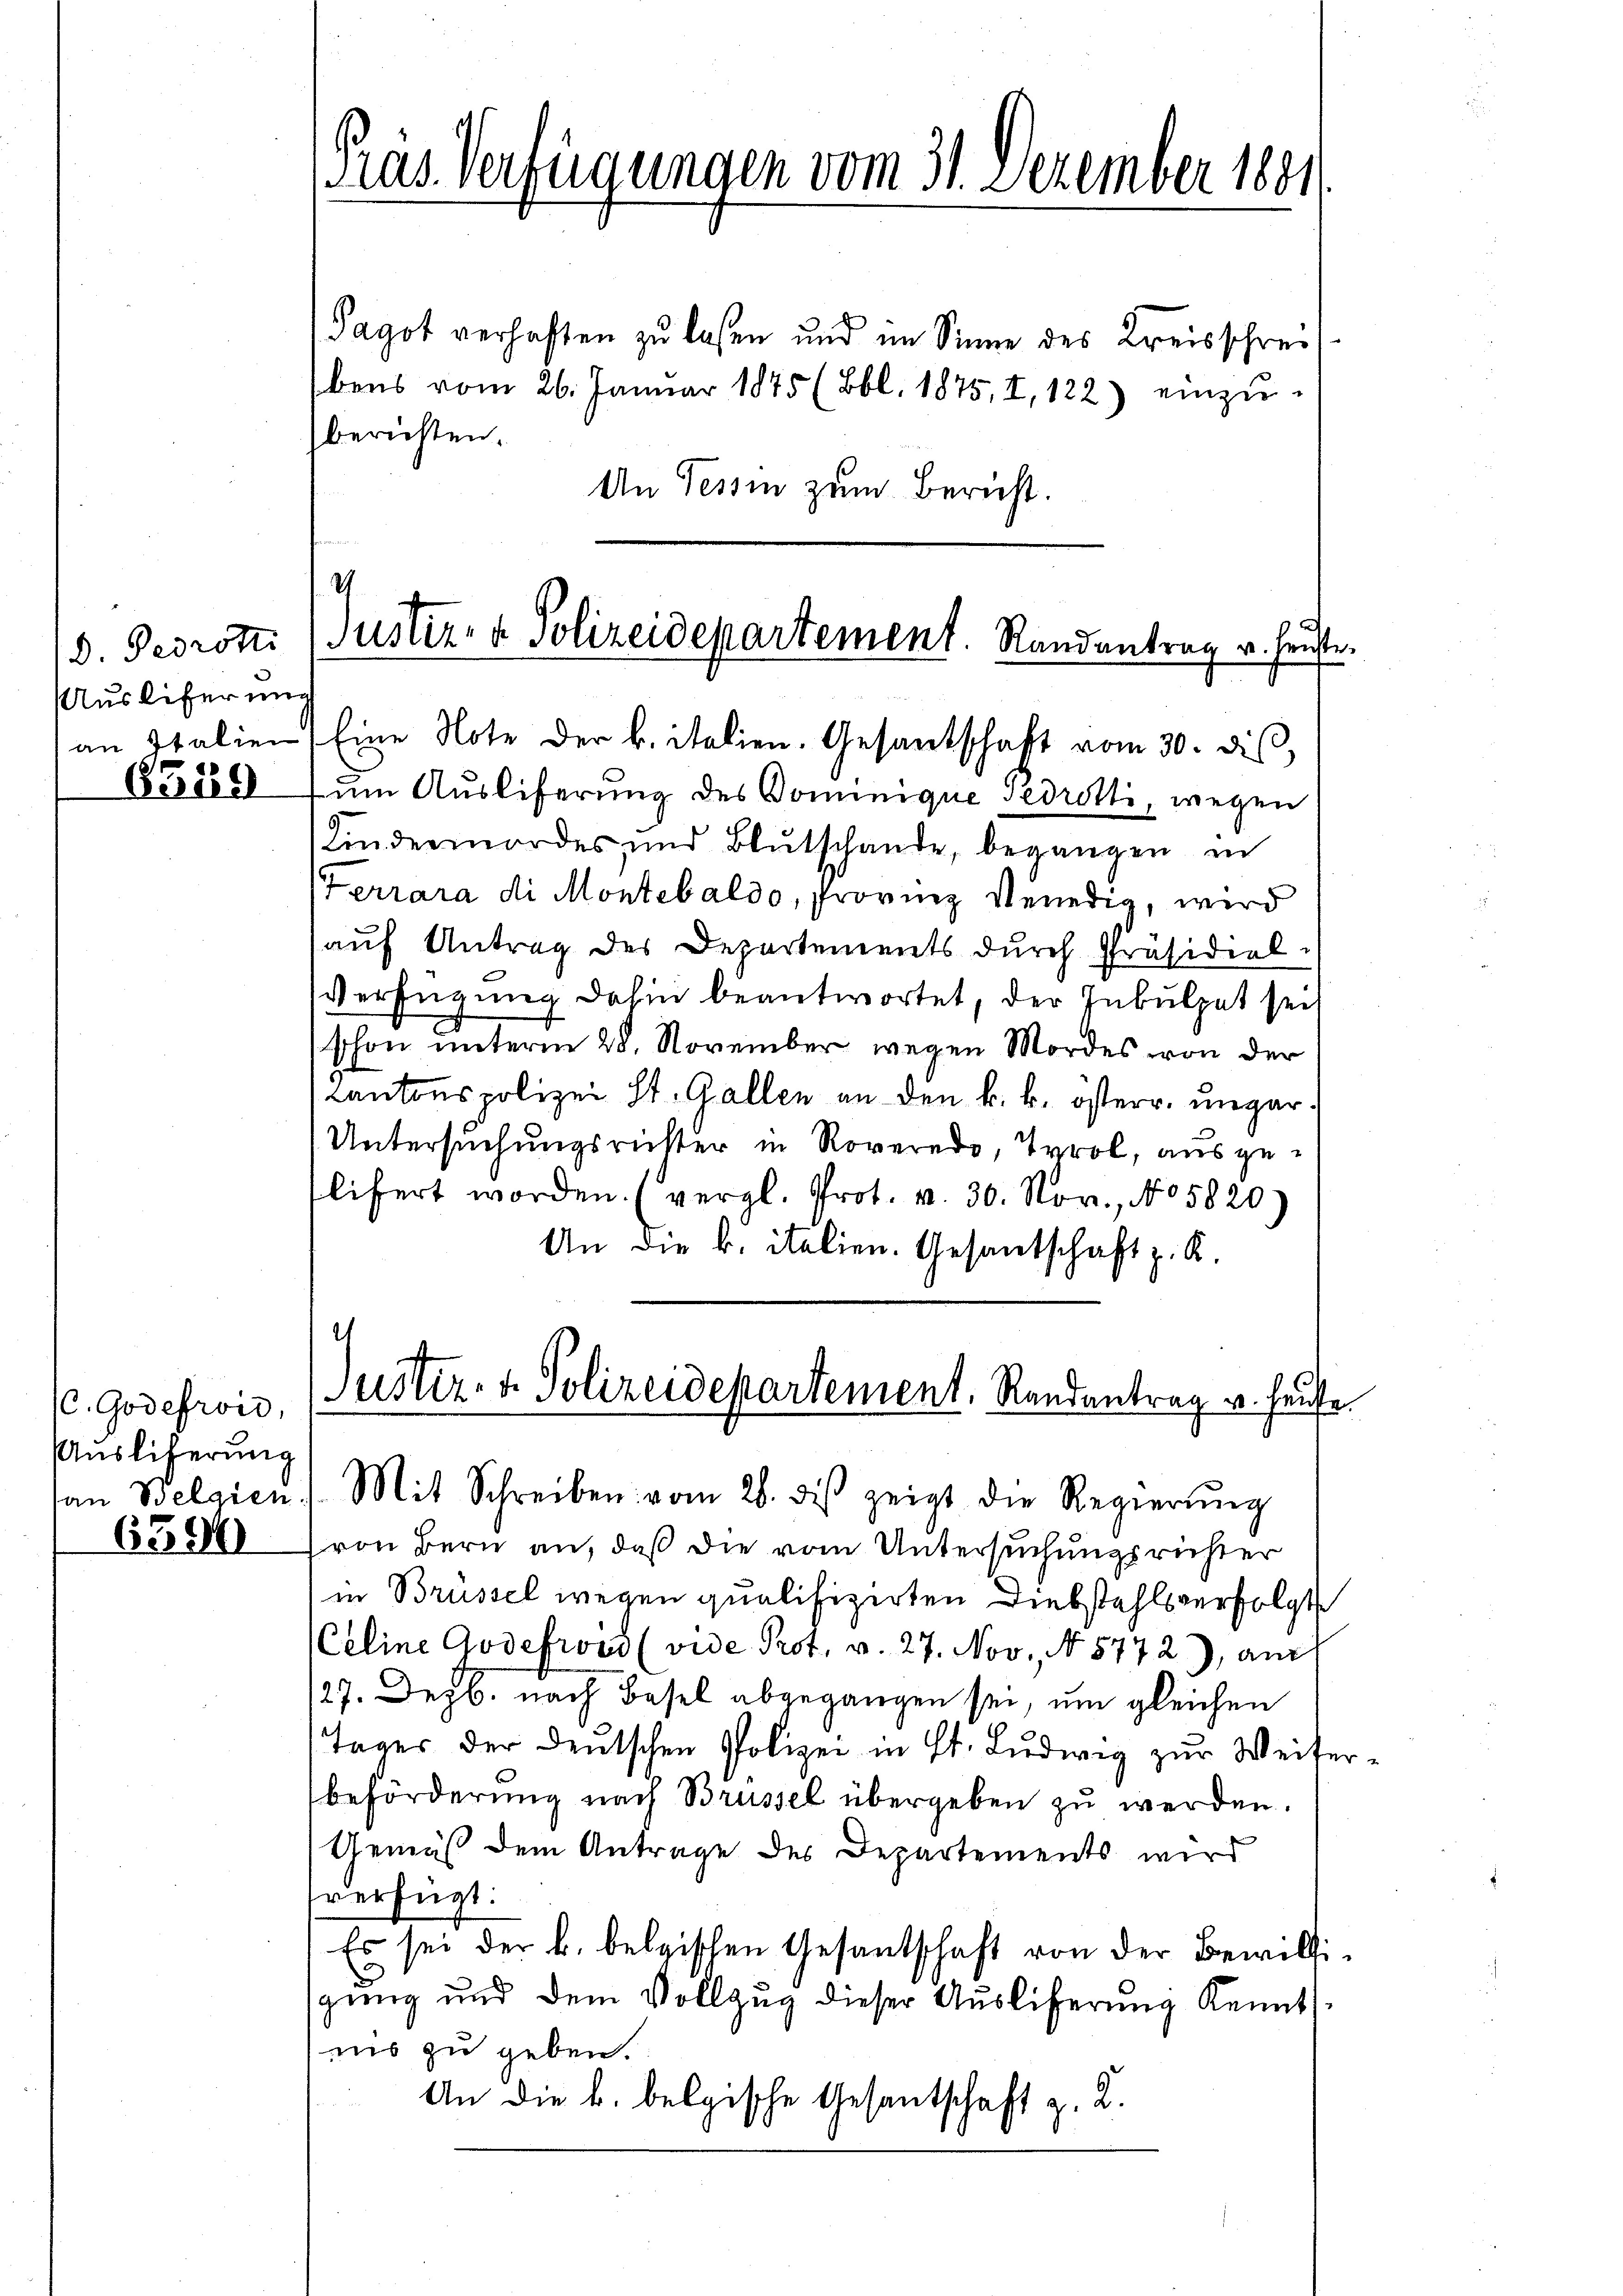
D. Bedrott
Auslieferung
6519

C. Godefroi,
Ausliferung
an Belgien

6590

Pras Verfügungen vom 31. Dezember 1881

Pagot verhaften zu laßen und im Sinne des Kreisschreibens vom 26. Januar 1875 (Bbl. 1875, I, 122) einzŭ-
berichten.
An Tessin zum Bericht.
U
Justiz- & Polizeidepartement. Randantrag u. heute.

an Italien Eine Note der k. italien. Gesantschaft vom 30. diβ,

um Auslieferung des Dominique Gedretti, wegen
Kindermordes und Blŭtschande, begangen in
Ferrara di Montebaldo, Provinz Venedig, wird
auf Antrag des Departements durch Präsidiel¬
Verfügung dahin beantwortet, der Inbulpat sei
schon unterm 28. November wegen Mordes von der
Cantonspolizei St. Gallen an den k. k. österr. ungar¬
Untersuchungsrichter in Roveredo, Tyrol, ausgelifert worden. (vergl. Prot. v. 30. Nov., No 5820)
An die k. italien. Gesantschaft z. R.
von Bern an, daß die vom Untersuchungsrichter
in Brüssel wegen qualifizirten Diebstahlsverfolgt
Celine Godefröd (vide Prot. v. 27. Nov. No 8772), auch
/27. Dezb. nach Basel abgegangen sei, um gleichen
Tages der deutschen Polizei in St. Ludwig zur Weiser-
beförderung nach Brüssel übergeben zu werden.
Gemäß dem Antrage des Departements wird
verfügt:
Es sei der k. belgischen Gesandschaft von der Bewilligung und dem Vollzug dieser Auslieferung Kennt
nis zu geben.
An die k. belgische Gesantschaft z. B.

e
Justiz- & Polizeidepartement, Randantrag v. Heute.
Mit Schreiben vom 26. des zeigt die Regierŭng